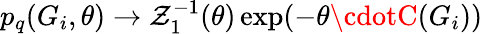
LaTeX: p_{q}(G_{i},\theta)\rightarrow{\mathcal{Z}_{1}^{-1}(\theta)}\exp(-\theta\cdotC(G_{i}))